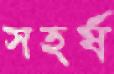
সহর্ষ